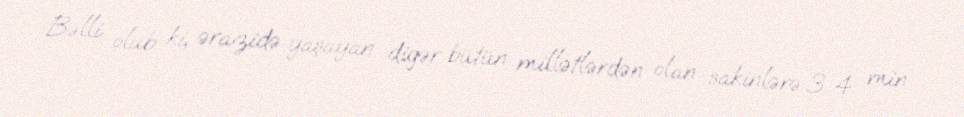
Bəlli olub ki, ərazidə yaşayan digər bütün millətlərdən olan sakinlərə 3-4 min